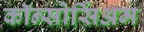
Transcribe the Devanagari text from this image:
कॉन्सोर्सिअम